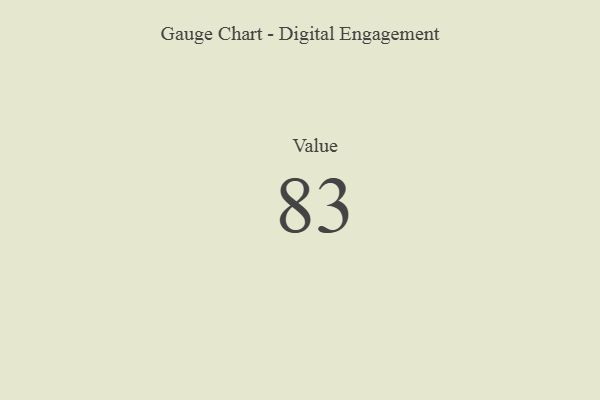
{"axis": {"x": "Metric", "y": "Value"}, "legend": [""], "data": [{"x": "Value", "y": 83, "type": ""}]}